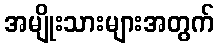
အမျိုးသားများအတွက်